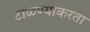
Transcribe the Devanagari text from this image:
टाळण्याकरता